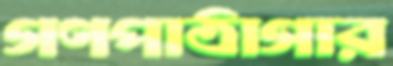
গণপাঠাগার